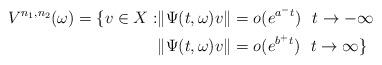
LaTeX: \begin{align*}V^{n_1,n_2}(\omega)=\{v\in X:&\|\Psi(t,\omega)v\|=o(e^{a^-t})\ \ t\rightarrow -\infty\\ & \|\Psi(t,\omega)v\|=o(e^{b^+t})\ \ t\rightarrow \infty\}\end{align*}